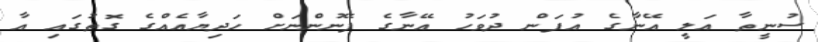
ސުނީތާ އަލީ އޭނާގެ އުފަން ދުވަހު އޭނާގެ ފޭނުންނަށް ހަދިޔާއެއްގެ ގޮތުގައި އާ